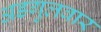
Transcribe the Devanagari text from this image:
अडगुलवार